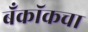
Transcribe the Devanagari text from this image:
बँकॉकचा